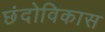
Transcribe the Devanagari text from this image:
छंदोविकास